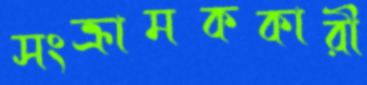
সংক্রামককারী